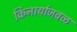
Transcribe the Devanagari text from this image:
किनार्याजवळ